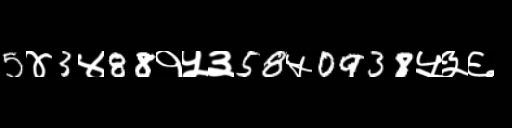
Text: 5४3४88१५३58५0938५३६